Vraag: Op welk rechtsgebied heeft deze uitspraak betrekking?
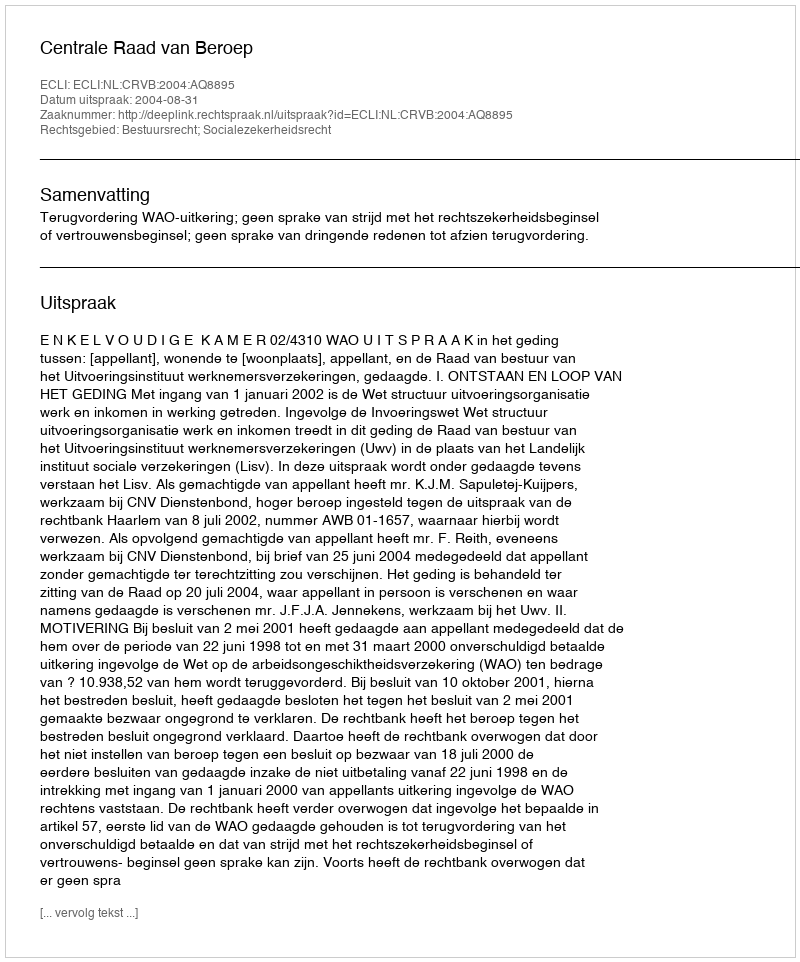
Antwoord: Bestuursrecht; Socialezekerheidsrecht